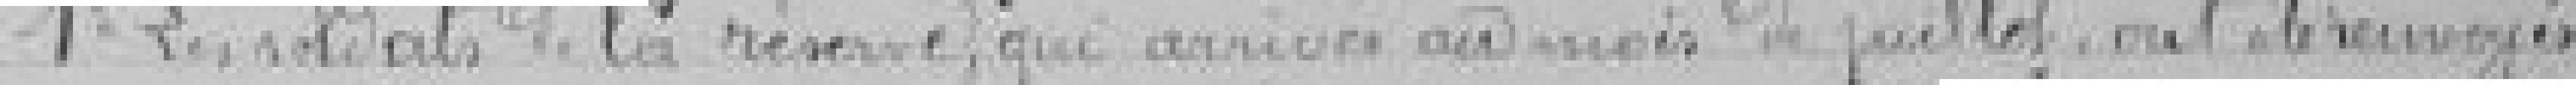
1° les soldats de la réserve, qui arrivés au mois de juillet, ont été renvoyés